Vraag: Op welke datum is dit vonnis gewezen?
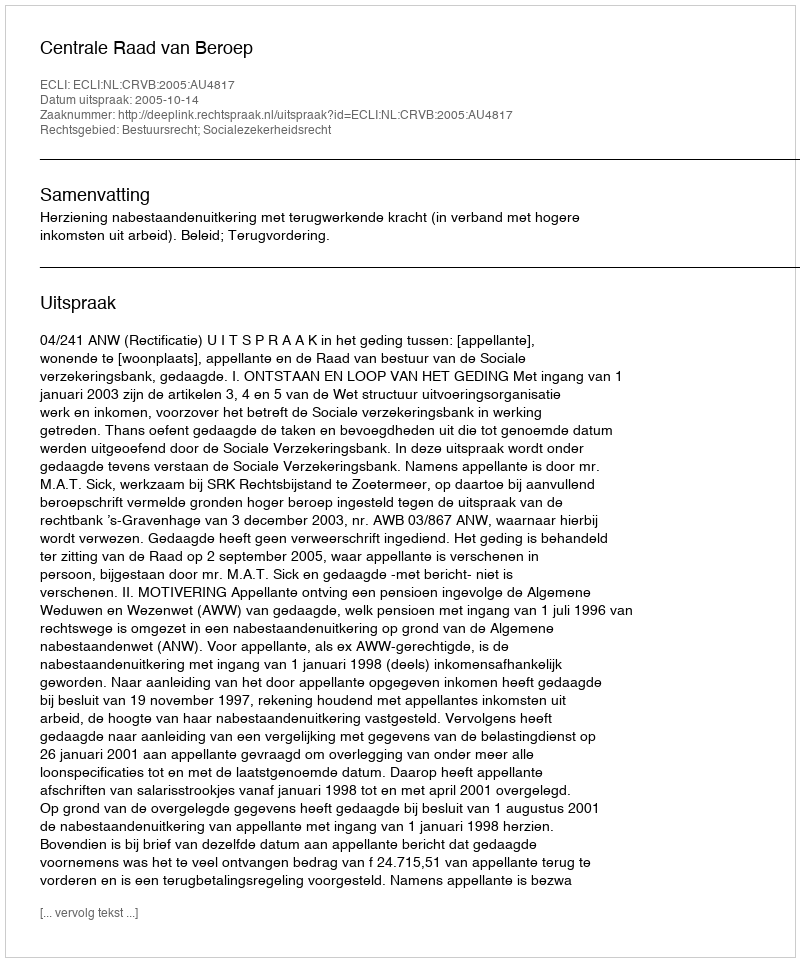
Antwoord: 2005-10-14